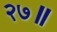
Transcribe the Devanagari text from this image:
२७॥